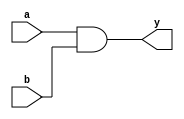
module AND (
    input wire a, b,
    output wire y
);
    assign y = a & b;
endmodule

module OR (
    input wire a, b,
    output wire y
);
    assign y = a | b;
endmodule

module NOT (
    input wire a,
    output wire y
);
    assign y = !a;
endmodule

module XOR (
    input wire a, b,
    output wire y
);
    assign y = a ^ b;
endmodule

module NAND (
    input wire a, b,
    output wire y
);
    wire x;
    AND p (a, b, x);
    NOT q (x, y);
endmodule

module NOR (
    input wire a, b,
    output wire y
);
    wire x;
    OR p (a, b, x);
    NOT q (x, y);
endmodule

module XNOR (
    input wire a, b,
    output wire y
);
    wire x;
    XOR p (a, b, x);
    NOT q (x, y);
endmodule

module two_to_one_mux (
    input wire [1:0] i,
    input wire s,
    output wire y
);
    assign y = s ? i[1] : i[0];
endmodule

module four_to_one_mux (
    input wire [3:0] i,
    input wire [1:0] s,
    output wire y
);
    wire [1:0] r;
    two_to_one_mux m1 (i[1:0], s[0], r[0]);
    two_to_one_mux m2 (i[3:2], s[0], r[1]);
    two_to_one_mux m3 (r[1:0], s[1], y);
endmodule

module eight_to_one_mux (
    input wire [7:0] i,
    input wire [2:0] s,
    output wire y
);
    wire [1:0] x;
    four_to_one_mux m1 (i[3:0], s[1:0], x[0]);
    four_to_one_mux m2 (i[7:4], s[1:0], x[1]);
    two_to_one_mux m3 (x[1:0], s[2], y);
endmodule

module full_adder (
    input wire a,
    input wire b,
    input wire c_in,
    output wire s,
    output wire c_out
);
    wire [4:0] x;
    
    XOR A (a, b, x[0]);
    XOR B (x[0], c_in, s);

    AND C (a, b, x[1]);
    AND D (b, c_in, x[2]);
    AND E (c_in, a, x[3]);

    OR F (x[1], x[2], x[4]);
    OR G (x[3], x[4], c_out);
endmodule